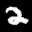
Label: 2